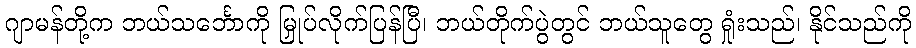
ဂျာမန်တို့က ဘယ်သင်္ဘောကို မြှုပ်လိုက်ပြန်ပြီ၊ ဘယ်တိုက်ပွဲတွင် ဘယ်သူတွေ ရှုံးသည်၊ နိုင်သည်ကို